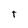
Character: t